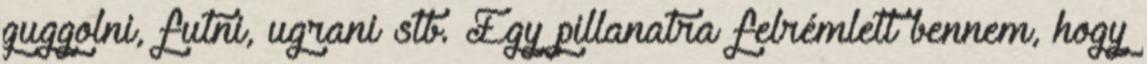
guggolni, futni, ugrani stb. Egy pillanatra felrémlett bennem, hogy